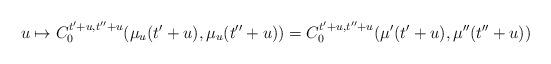
LaTeX: \begin{align*} u\mapsto C_0^{t'+u,t''+u}(\mu_u(t'+u),\mu_u(t''+u))= C_0^{t'+u,t''+u}(\mu'(t'+u),\mu''(t''+u))\end{align*}